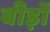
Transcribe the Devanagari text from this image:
बीड़ों